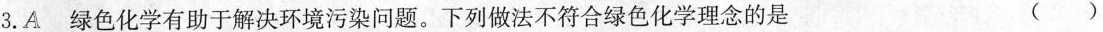
3.A 绿色化学有助于解决环境污染问题。下列做法不符合绿色化学理念的是 ( )